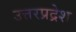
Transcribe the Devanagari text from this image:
उत्तरप्रद्रेश